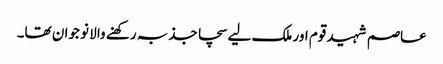
عاصم شہید قوم اور ملک لیے سچا جذبہ رکھنے والا نو جوان تھا۔